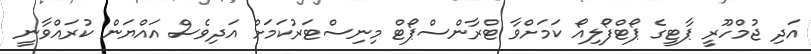
އަދި ޖުމްހޫރީ ޕާޓީގެ ޕޯޓްފޯލިއޯ ކަމަށްވާ ޓްރާންސްޕޯޓް މިނިސްޓަރުކަމަށް އަދިވެސް އައްޔަން ކުރައްވާނީ